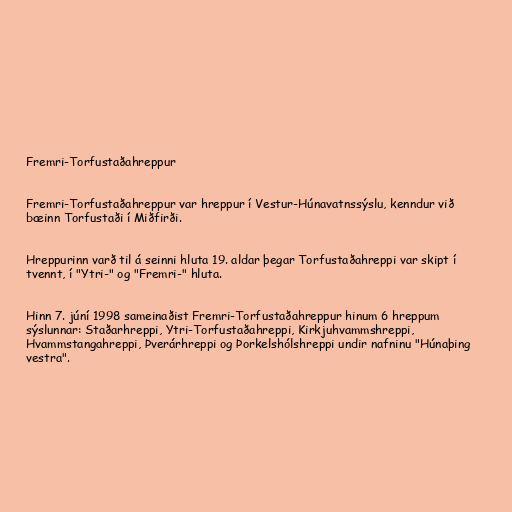
Fremri-Torfustaðahreppur

Fremri-Torfustaðahreppur var hreppur í Vestur-Húnavatnssýslu, kenndur við
bæinn Torfustaði í Miðfirði.

Hreppurinn varð til á seinni hluta 19. aldar þegar Torfustaðahreppi var skipt í
tvennt, í "Ytri-" og "Fremri-" hluta.

Hinn 7. júní 1998 sameinaðist Fremri-Torfustaðahreppur hinum 6 hreppum
sýslunnar: Staðarhreppi, Ytri-Torfustaðahreppi, Kirkjuhvammshreppi,
Hvammstangahreppi, Þverárhreppi og Þorkelshólshreppi undir nafninu "Húnaþing
vestra".